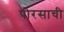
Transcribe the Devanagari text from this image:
पोरसाची